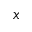
x